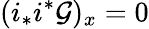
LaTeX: (i_{*}i^{*}{\mathcal{G}})_{x}=0